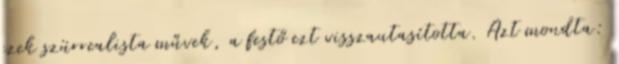
ezek szürrealista művek, a festő ezt visszautasította. Azt mondta: